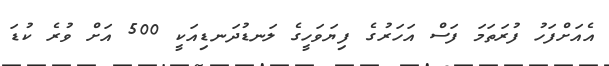
އެއަށްފަހު ފުރަތަމަ ފަސް އަހަރުގެ ފިޔަވަހީގެ ލަނޑުދަނޑިއަކީ 500 އަށް ވުރެ ކުޑަ